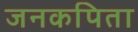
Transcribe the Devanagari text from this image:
जनकपिता